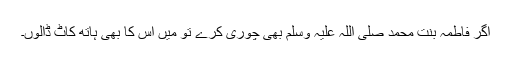
اگر فاطمہ بنت محمد صلی اللہ علیہ وسلم بھی چوری کرے تو میں اس کا بھی ہاتھ کاٹ ڈالوں۔